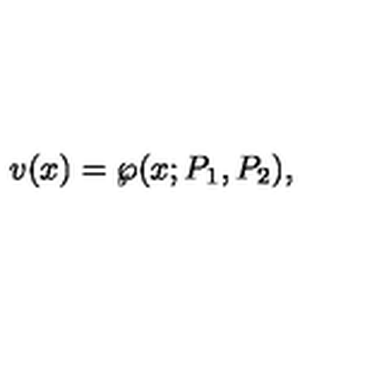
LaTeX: v ( x ) = \wp ( x ; P _ { 1 } , P _ { 2 } ) ,